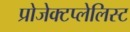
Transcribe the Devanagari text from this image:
प्रोजेक्टप्लेलिस्ट